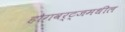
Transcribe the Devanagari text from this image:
होगवर्ट्‌जमधील